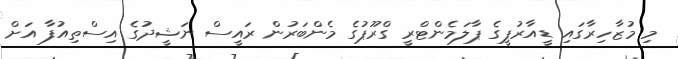
މި މުޒާހިރާގައި ޑީއާރުޕީގެ ޕާލަމެންޓްރީ ގްރޫޕުގެ މެންބަރުން ރައީސް ނަޝީދުގެ އިސްތިއުފާ އަށް